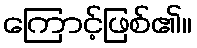
ကြောင့်ဖြစ်၏။